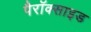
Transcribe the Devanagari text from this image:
पैरॉक्साइड